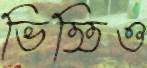
ভিত্তিও